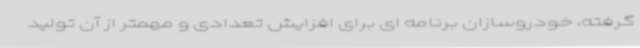
گرفته، خودروسازان برنامه ای برای افزایش تعدادی و مهمتر از آن تولید